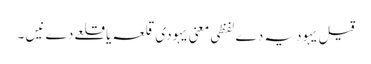
قیل یہودیہ دے لفظی معنی یہودی قلعہ یا قلعے دے نیں ۔